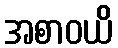
အစာဝယိ